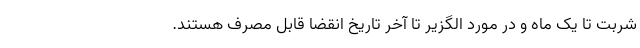
شربت تا یک ماه و در مورد الگزیر تا آخر تاریخ انقضا قابل مصرف هستند.